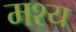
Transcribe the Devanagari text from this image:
मश्य